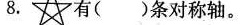
8. 有()条对称轴。